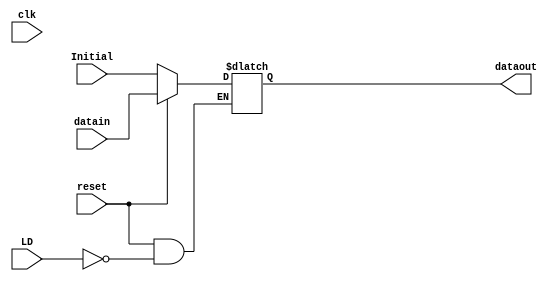
`timescale 1ns / 1ps
//////////////////////////////////////////////////////////////////////////////////
// Dexter Elmendorf
// Class:
// ECE 483 Lab #5
//
//
// Pipelining register for inbetween the register bank and the ALU
//////////////////////////////////////////////////////////////////////////////////

module ID_EX(
    input clk,
    input LD,
    input reset,
    input [114:0] datain,
    
    input [114:0] Initial,
    
    output reg [114:0] dataout
    );
    // at every clock cycle check for reset or data module load
    always @(clk)
    begin
        if(!reset)
            dataout <= Initial;
        else
            if(LD)
                dataout <= datain;
    end
endmodule